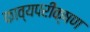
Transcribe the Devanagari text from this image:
काव्यपरीक्षण